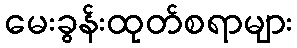
မေးခွန်းထုတ်စရာများ